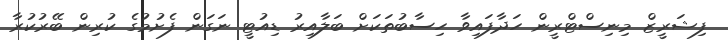
ފިޝަރީޒް މިނިސްޓްރީން ހަދާފައިވާ ހިސާބުތަކަށް ބަލާއިރު ޑިއުޓީ ނަގަން ފެށުމުގެ ކުރިން ބޭރުކުރާ